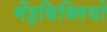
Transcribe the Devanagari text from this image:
मेंइबिब्लियो